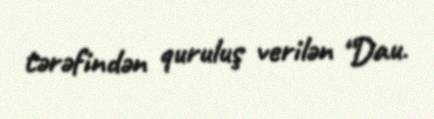
tərəfindən quruluş verilən “Dau.